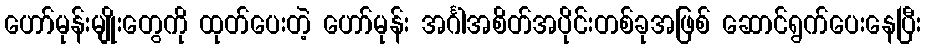
ဟော်မုန်းမျိုးတွေကို ထုတ်ပေးတဲ့ ဟော်မုန်း အင်္ဂါအစိတ်အပိုင်းတစ်ခုအဖြစ် ဆောင်ရွက်ပေးနေပြီး